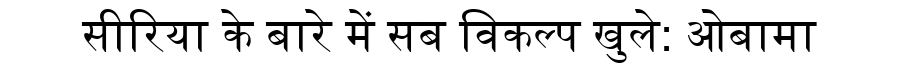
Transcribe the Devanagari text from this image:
सीरिया के बारे में सब विकल्प खुले: ओबामा